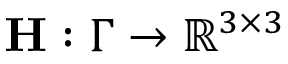
\mathbf H : \Gamma \to \mathbb { R } ^ { 3 \times 3 }